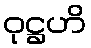
ဝုဋ္ဌဟိ